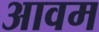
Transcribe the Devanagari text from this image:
आवम